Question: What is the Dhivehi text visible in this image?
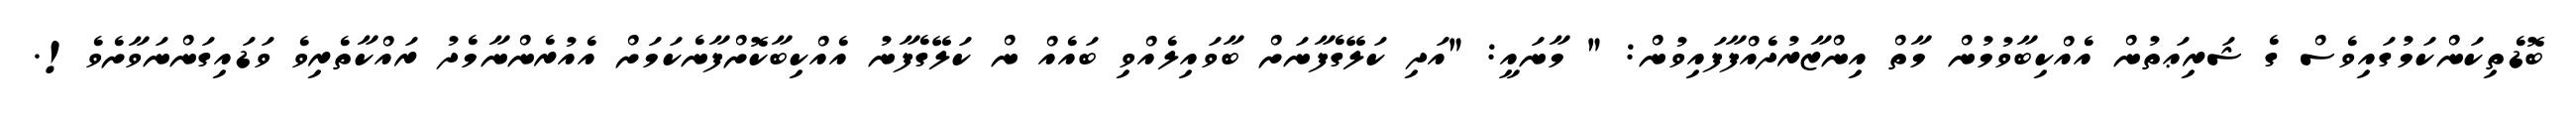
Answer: ބޮޑެތިކަންކަމުގައިވެސް ގެ ޝަރިޢަތުން އެއްކިބާވުމުން މާތް އިންޒާރުދެއްފާފައިވުން: " މާނައީ: "އަދި ކަލޭގެފާނަށް ބާވައިލެއްވި ބައެއް ން ކަލޭގެފާނު އެއްކިބާކޮށްފާނެކަމަށް އެއުރެންނާމެދު ރައްކާތެރިވެ ވަޑައިގަންނަވާށެވެ!.